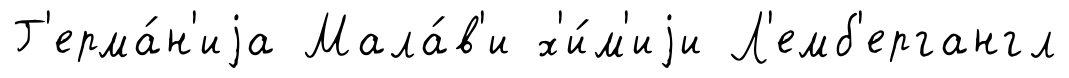
Г'ерма́н'иjа Мала́в'и х'и́м'иjи Л'емб'ергангл